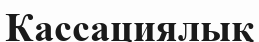
Кассациялық